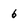
Character: 6